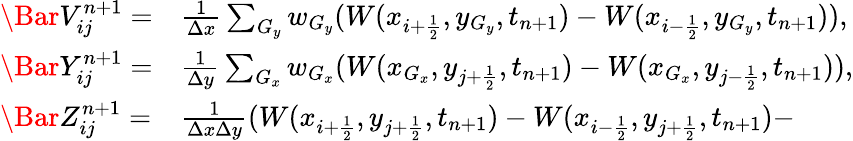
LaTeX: \begin{array}{llll}{\Bar V_{ij}^{n+1}=}&{\frac{1}{\Delta x}\sum_{G_{y}}w_{G_{y}}(W(x_{i+\frac{1}{2}},y_{G_{y}},t_{n+1})-W(x_{i-\frac{1}{2}},y_{G_{y}},t_{n+1})),}\\ {\Bar Y_{ij}^{n+1}=}&{\frac{1}{\Delta y}\sum_{G_{x}}w_{G_{x}}(W(x_{G_{x}},y_{j+\frac{1}{2}},t_{n+1})-W(x_{G_{x}},y_{j-\frac{1}{2}},t_{n+1})),}\\ {\Bar Z_{ij}^{n+1}=}&{\frac{1}{\Delta x\Delta y}(W(x_{i+\frac{1}{2}},y_{j+\frac{1}{2}},t_{n+1})-W(x_{i-\frac{1}{2}},y_{j+\frac{1}{2}},t_{n+1})-}\end{array}